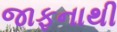
જાફનાથી